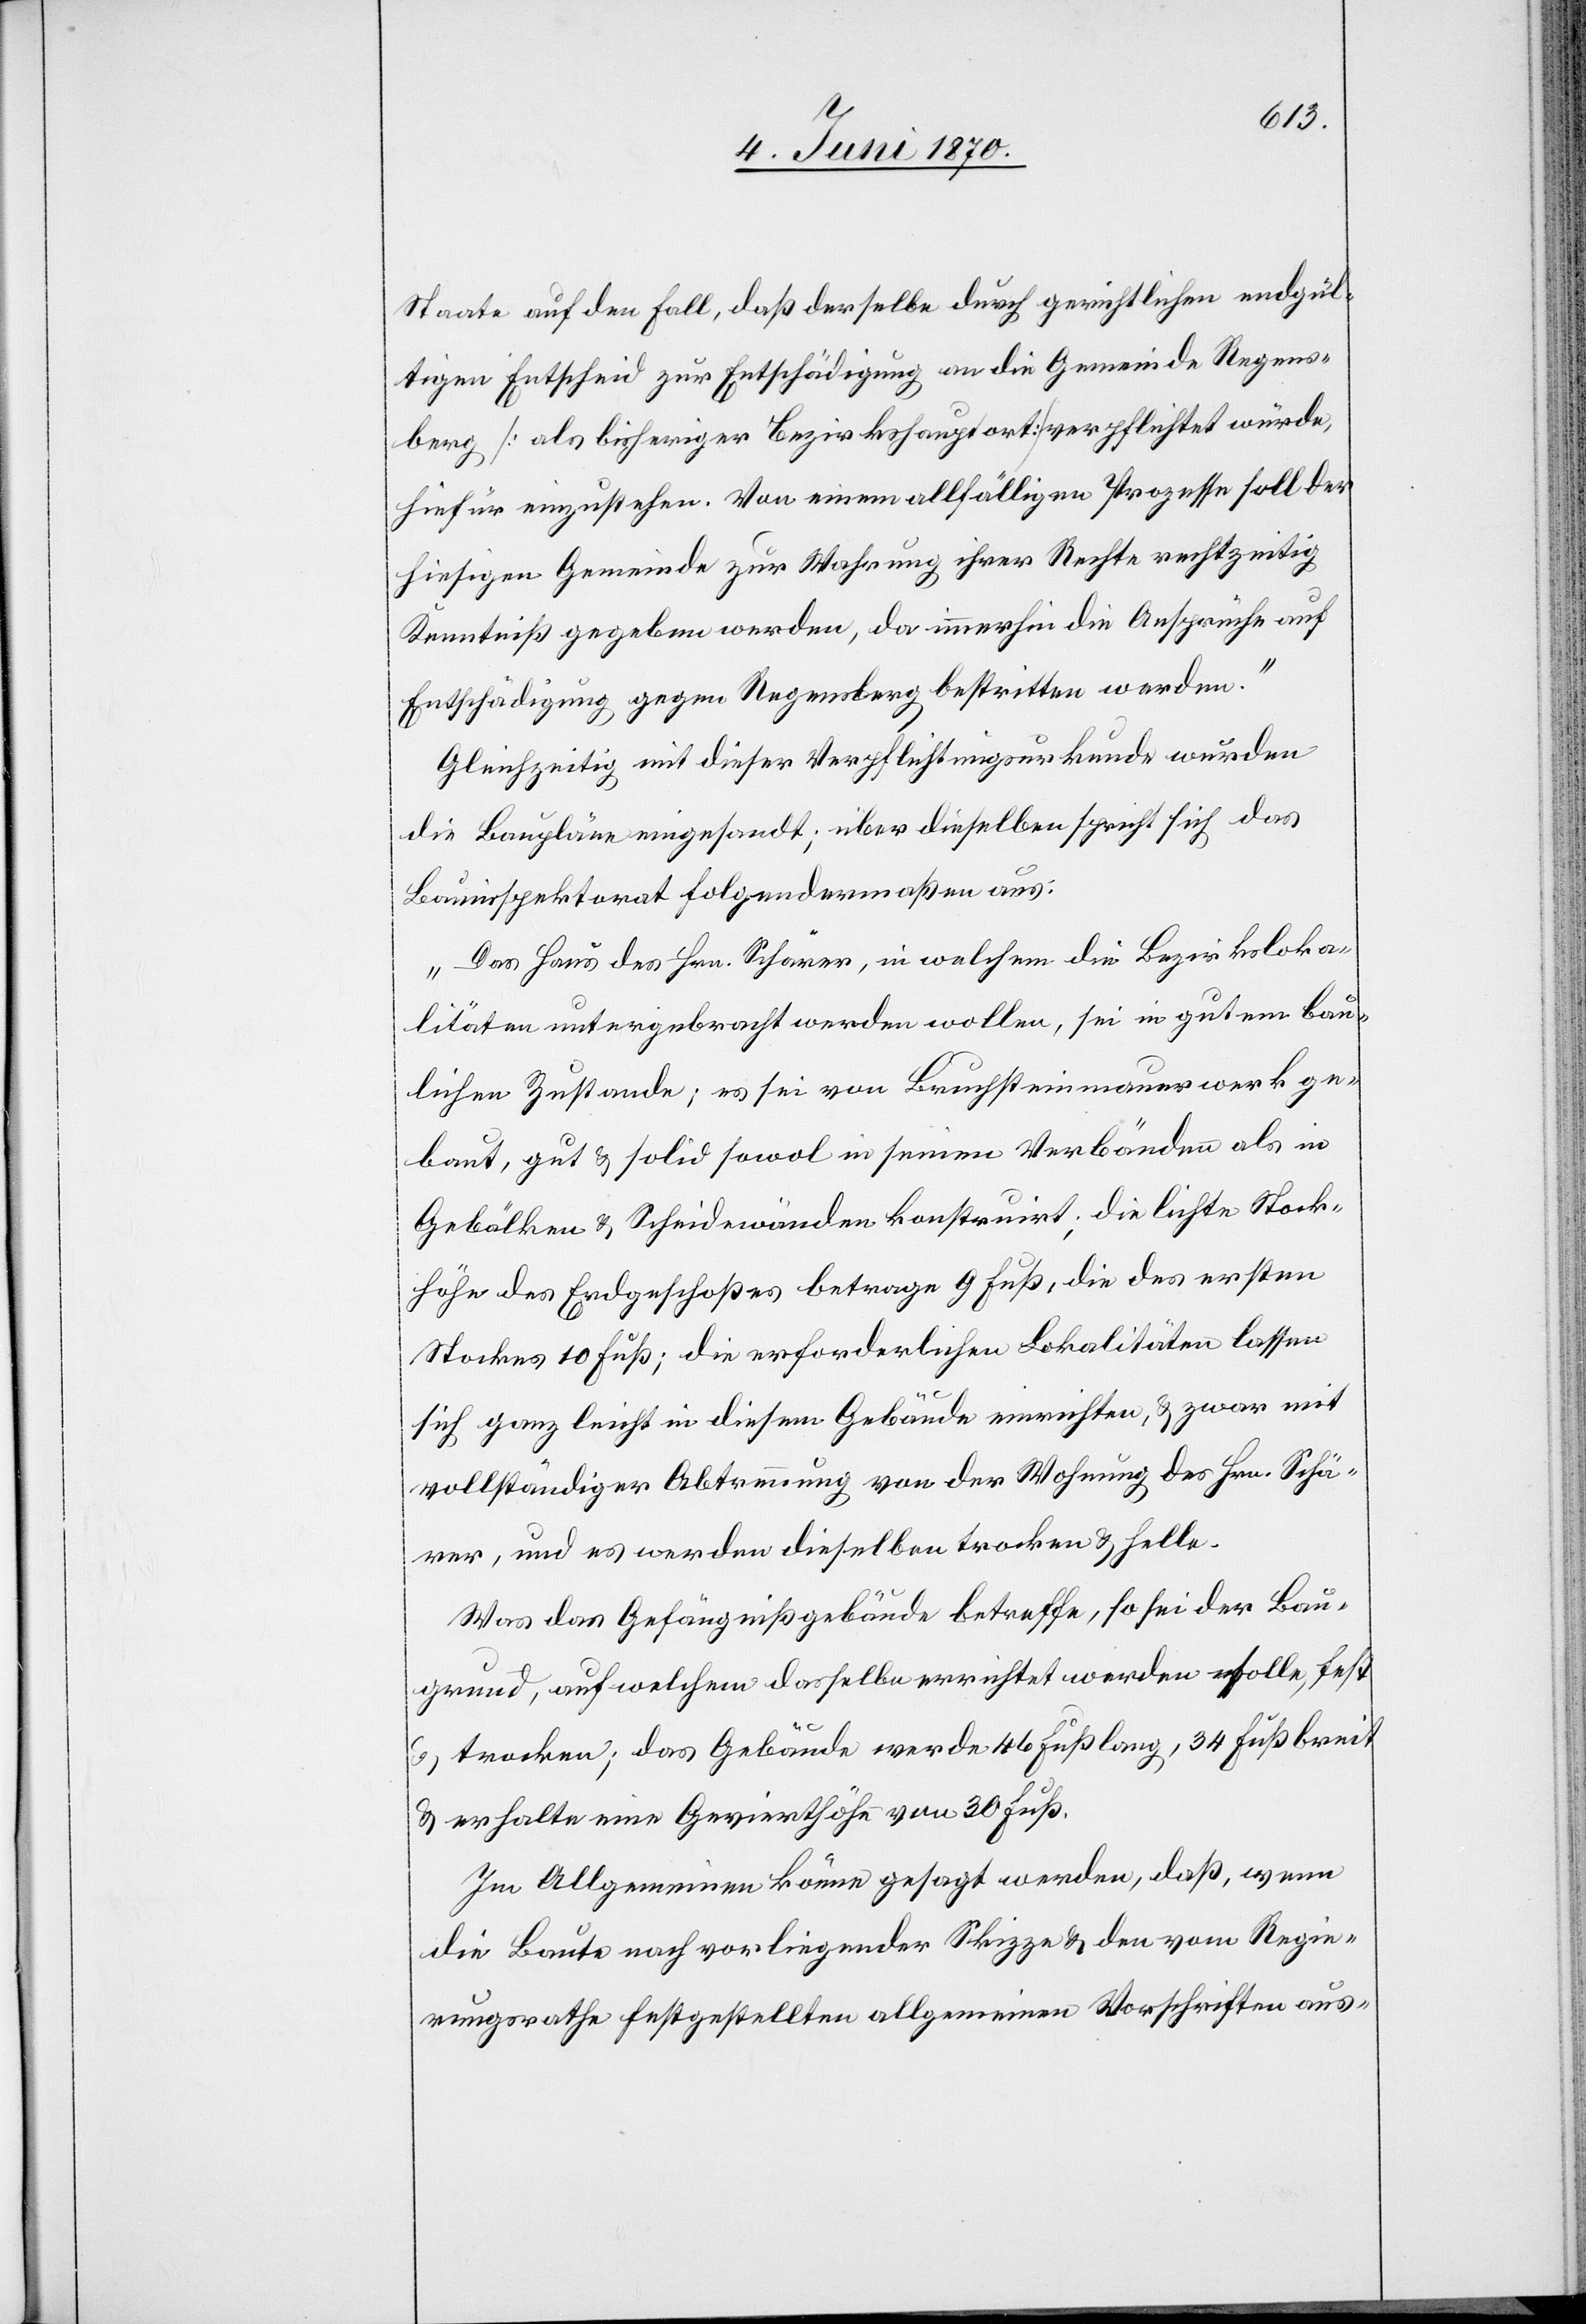
Staate auf den Fall, daß derselbe durch gerichtlichen endgül¬
tigen Entscheid zur Entschädigung an die Gemeinde Regens¬
berg [als bisheriger Bezirkshauptort] verpflichtet würde,
hiefür einzustehen. Von einem allfälligen Prozesse soll der
hiesigen Gemeinde zur Wahrung ihrer Rechte rechtzeitig
Kenntniß gegeben werden, da immerhin die Ansprüche auf
Entschädigung gegen Regensberg bestritten werden.“
Gleichzeitig mit dieser Verpflichtungsurkunde wurden
die Baupläne eingesandt; über dieselben spricht sich das
Bauinspektorat folgendermaßen aus:
„Das Haus des Hrn. Schärer, in welchem die Bezirksloka¬
litäten untergebracht werden wollen, sei in gutem bau¬
lichen Zustande; es sei von Bruchsteinmauerwerk ge¬
baut, gut & solid sowol in seinen Verbänden als in
Gebälken & Scheidewänden konstruirt; die lichte Stock¬
höhe des Erdgeschoßes betrage 9 Fuß, die des ersten
Stockes 10 Fuß; die erforderlichen Lokalitäten lassen
sich ganz leicht in diesem Gebäude einrichten, & zwar mit
vollständiger Abtrennung von der Wohnung des Hrn. Schä¬
rer, und es werden dieselben trocken & helle.
Was das Gefängnißgebäude betreffe, so sei der Bau¬
grund, auf welchem dasselbe errichtet werden solle, fest
& trocken; das Gebäude werde 46 Fuß lang, 34 Fuß breit
& erhalte eine Gevierthöhe von 30 Fuß.
Im Allgemeinen könne gesagt werden, daß, wenn
die Baute nach vorliegender Skizze & den vom Regie¬
rungsrathe festgestellten allgemeinen Vorschriften aus-